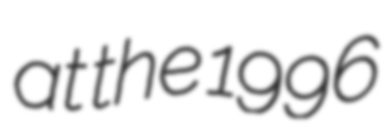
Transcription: at the 1996